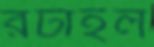
রটাইল